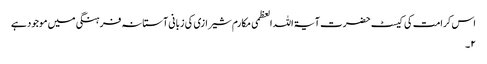
اس کرامت کی کیسٹ حضرت آیۃ اللہ العظمی مکارم شیرازی کی زبانی آستانہ فرہنگی میں موجود ہے
۲ ۔